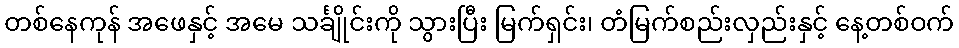
တစ်နေကုန် အဖေနှင့် အမေ သင်္ချိုင်းကို သွားပြီး မြက်ရှင်း၊ တံမြက်စည်းလှည်းနှင့် နေ့တစ်ဝက်